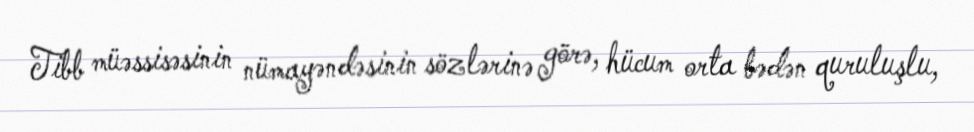
Tibb müəssisəsinin nümayəndəsinin sözlərinə görə, hücum orta bədən quruluşlu,